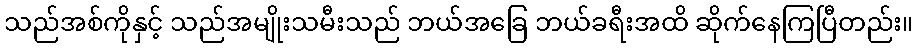
သည်အစ်ကိုနှင့် သည်အမျိုးသမီးသည် ဘယ်အခြေ ဘယ်ခရီးအထိ ဆိုက်နေကြပြီတည်း။